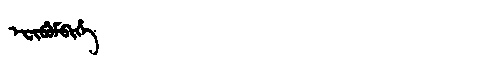
Manchu: ᡝᠸᡳᠪᡠᠮᠪᡳᡥᡝ
Romanization: EFIBUMBIHE